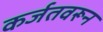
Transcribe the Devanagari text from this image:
कर्जतवरून